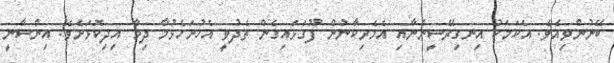
ބޭނުންވިއެވެ. އެކަމަކު އިނގިރޭސީންނާއި އެމެރިކާނުން ފޫގަޅައިގެން ތެދުވީ އެހުށަހެޅުމާ ދިމާ އިދިކޮޅަށެވެ. އިންސާނީ